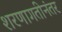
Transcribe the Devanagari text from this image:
शरणागतीनंतर